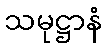
သမုဋ္ဌာနံ